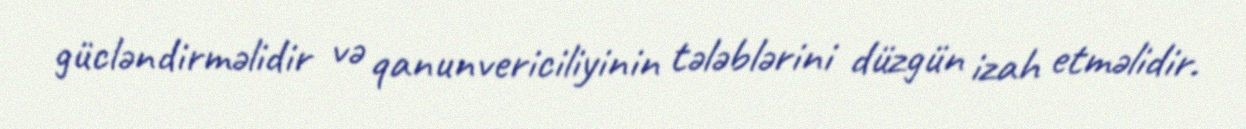
gücləndirməlidir və qanunvericiliyinin tələblərini düzgün izah etməlidir.